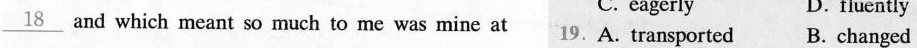
\underline{18}and which meant so much to me was mine at 19.A. Transported B. Changed